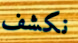
نكشف